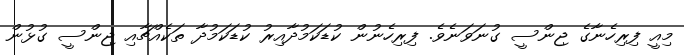
މިއީ ފިރިހެނާގެ ޖިންސީ ގުނަވަނެވެ. ފިރިހެނުން ކުޑަކަމުދާއިރު ކުޑަކަމުދާ ތަކެއްޗާއި ޖިންސީ ގުޅުން